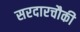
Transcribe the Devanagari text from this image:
सरदारचौकी